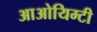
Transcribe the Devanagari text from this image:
आओयिम्टी